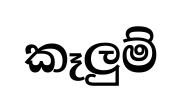
කෑලුම්